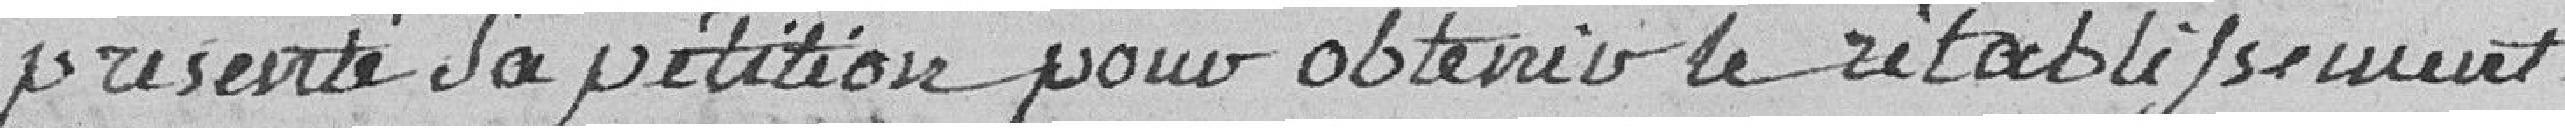
présenté sa pétition pour obtenir le rétablissement